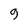
Character: 9